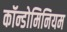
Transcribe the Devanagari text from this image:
कॉन्डोमिनियम